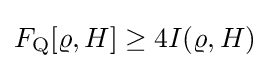
F_{\rm {Q}}[\varrho ,H]\geq 4I(\varrho ,H)